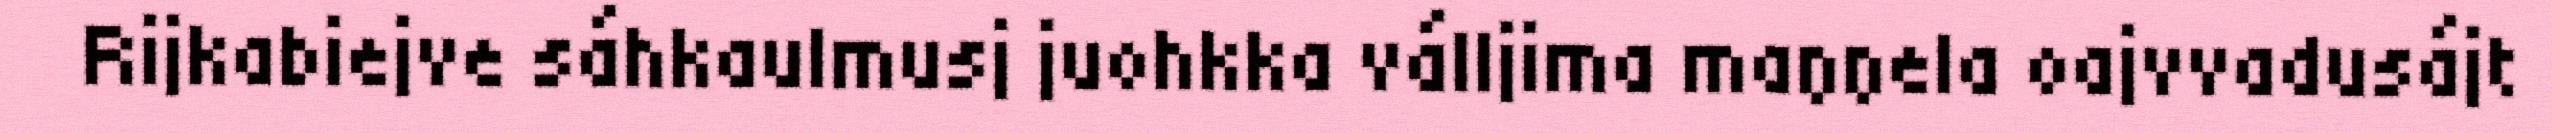
Rijkabiejve sáhkaulmusj juohkka válljima maŋŋela oajvvadusájt